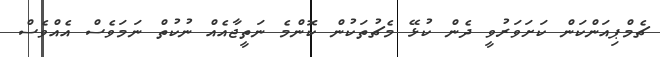
ޗެމްޕިއަންކަން ކަށަވަރުވީ ދެން ކުޅޭ މެޗުތަކުން ކޮންމެ ނަތީޖާއެއް ނުކުތް ނަމަވެސް އެއްވެސް